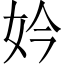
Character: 妗